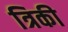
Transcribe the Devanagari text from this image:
त्रिकी